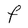
Character: F